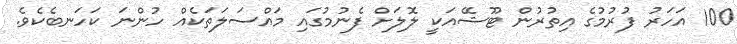
100 އަހަރު ފުރުމުގެ އިތުރުން ޓޫޝޭއަކީ ލޮލަށް ފެނުމުގައި މައްސަލަތަކެއް ހުންނަ ކަހަނބެކެވެ.